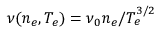
\nu ( n _ { e } , T _ { e } ) = \nu _ { 0 } n _ { e } / T _ { e } ^ { 3 / 2 }